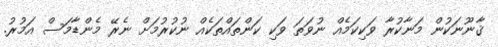
ޤާނޫނަކުން މަނާކުރާ ވަކިކަމެއް ނުވަތަ ވަކި ކަންތައްތަކެއް ނުކުރުމަށް ނެރޭ މެންޑާމަސް އަމުރު.